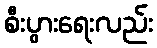
စီးပွားရေးလည်း